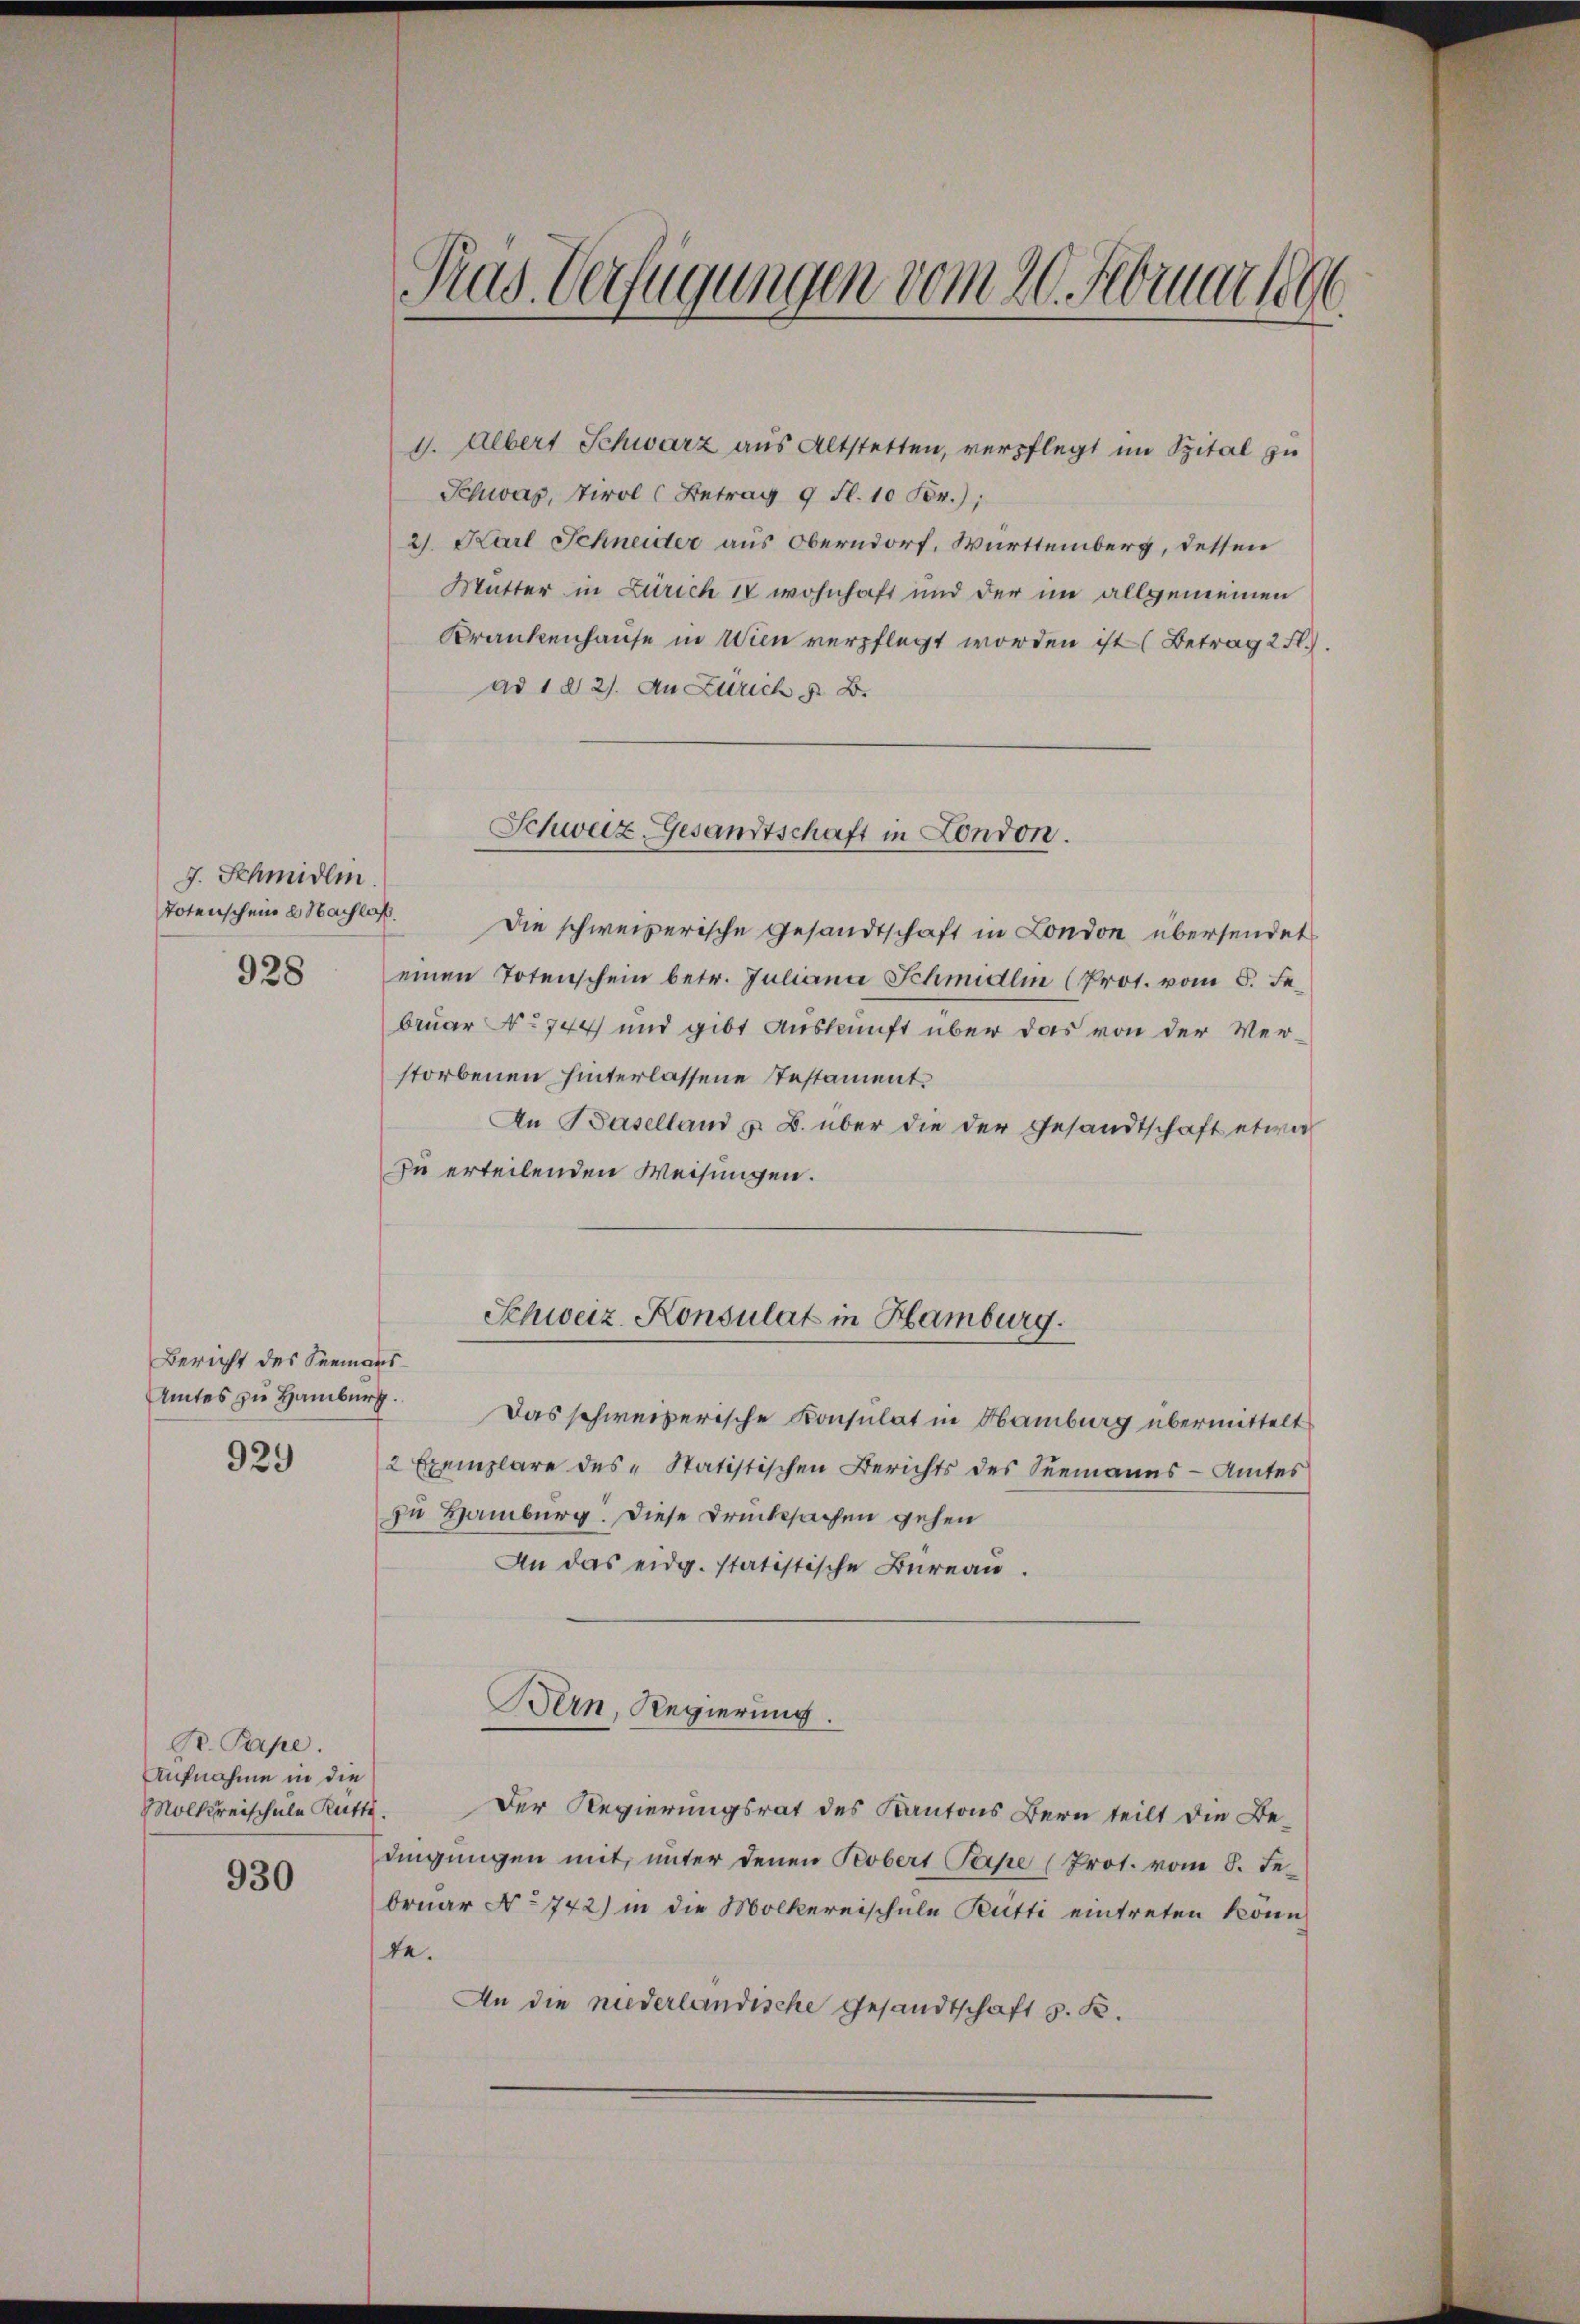
J. Schmidlin.
Totenschein Nachlaß

929

Bericht des Seemans
Amtes zu Hamburg.

B. Pape.
Aufnahme in die

930

4. Albert Schwarz aus Altstetten, verpflegt im Spital zu
Schwas, Tirol (Betrag 9 fl. 10 Fr.);
21. Karl Schneider aus Oberndorf, Württemberg, dessen
Mutter in Zürich IV wohnhaft und der im allgemeinen
Krankenhause in Wien verpflegt worden ist (Betrag 2 f.).
ad 1 d 2). An Zürich z. B.
Die schweizerische Gesandtschaft in London übersendet
28 einen Totenschein betr. Juliana Schmidlin (Prot. vom 5. Fe
bruar No 744 und gibt Auskunft über das von der Verstorbenen hinterlassene Testament.
An Baselland z. B. über die der Gesandtschaft etwa
zu erteilenden Weisungen.
Schweiz. Konsulat in Hamburg.
Das schweizerische Konsulat in Hamburg übermittelt
2 Exemplare des „Statistischen Berichts des Seemanns - Amtes
zu Hamburg. Diese Drucksachen gehen
An das eidg. statistische Büreau.
Bern, Regierung.
Molkreischule Rutt. Der Regierungsrat des Kantons Bern teilt die Be-
dingungen mit, unter denen Probert Pape (Prot. vom 8. Jebruar No 742) in die Mölkereischule Bütti eintreten könn
de.
An die niederländische Gesandtschaft v. K.

Pras Verfügungen vom 20. Februar 1896

Schweiz. Gesandtschaft in London.